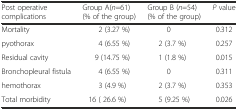
| Post operative complications | Group A(n=61) (% of the group) | Group B (n=54) (% of the group) | P value |
 | --- | --- | --- | --- |
 | Mortality | 2 (3.27 %) | 0 | 0.312 |
 | pyothorax | 4 (6.55 %) | 2 (3.7 %) | 0.257 |
 | Residual cavity | 9 (14.75 %) | 1 (1.8 %) | 0.015 |
 | Bronchopleural fistula | 4 (6.55 %) | 0 | 0.311 |
 | hemothorax | 3 (4.9 %) | 2 (3.7 %) | 0.353 |
 | Total morbidity | 16 ( 26.6 %) | 5 (9.25 %) | 0.026 |